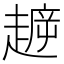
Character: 𧼳